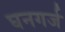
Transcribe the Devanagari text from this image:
घनगर्ज